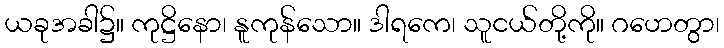
ယခုအခါ၌။ ကုဋ္ဌိနော၊ နူကုန်သော။ ဒါရကေ၊ သူငယ်တို့ကို။ ဂဟေတွာ၊